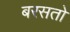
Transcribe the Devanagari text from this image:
बरसतो